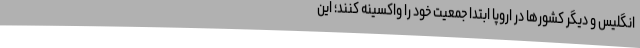
انگلیس و دیگر کشورها در اروپا ابتدا جمعیت خود را واکسینه کنند؛ این